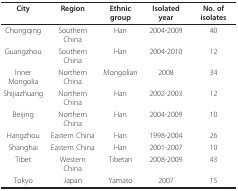
<table><thead><tr><td><b>City</b></td><td><b>Region</b></td><td><b>Ethnic group</b></td><td><b>Isolated year</b></td><td><b>No. of isolates</b></td></tr></thead><tbody><tr><td>Chongqing</td><td>Southern China</td><td>Han</td><td>2004-2009</td><td>40</td></tr><tr><td>Guangzhou</td><td>Southern China</td><td>Han</td><td>2004-2010</td><td>12</td></tr><tr><td>Inner Mongolia</td><td>Northern China</td><td>Mongolian</td><td>2008</td><td>34</td></tr><tr><td>Shijiazhuang</td><td>Northern China</td><td>Han</td><td>2002-2003</td><td>12</td></tr><tr><td>Beijing</td><td>Northern China</td><td>Han</td><td>2004-2009</td><td>10</td></tr><tr><td>Hangzhou</td><td>Eastern China</td><td>Han</td><td>1998-2004</td><td>26</td></tr><tr><td>Shanghai</td><td>Eastern China</td><td>Han</td><td>2001-2007</td><td>10</td></tr><tr><td>Tibet</td><td>Western China</td><td>Tibetan</td><td>2008-2009</td><td>43</td></tr><tr><td>Tokyo</td><td>Japan</td><td>Yamato</td><td>2007</td><td>15</td></tr></tbody></table>